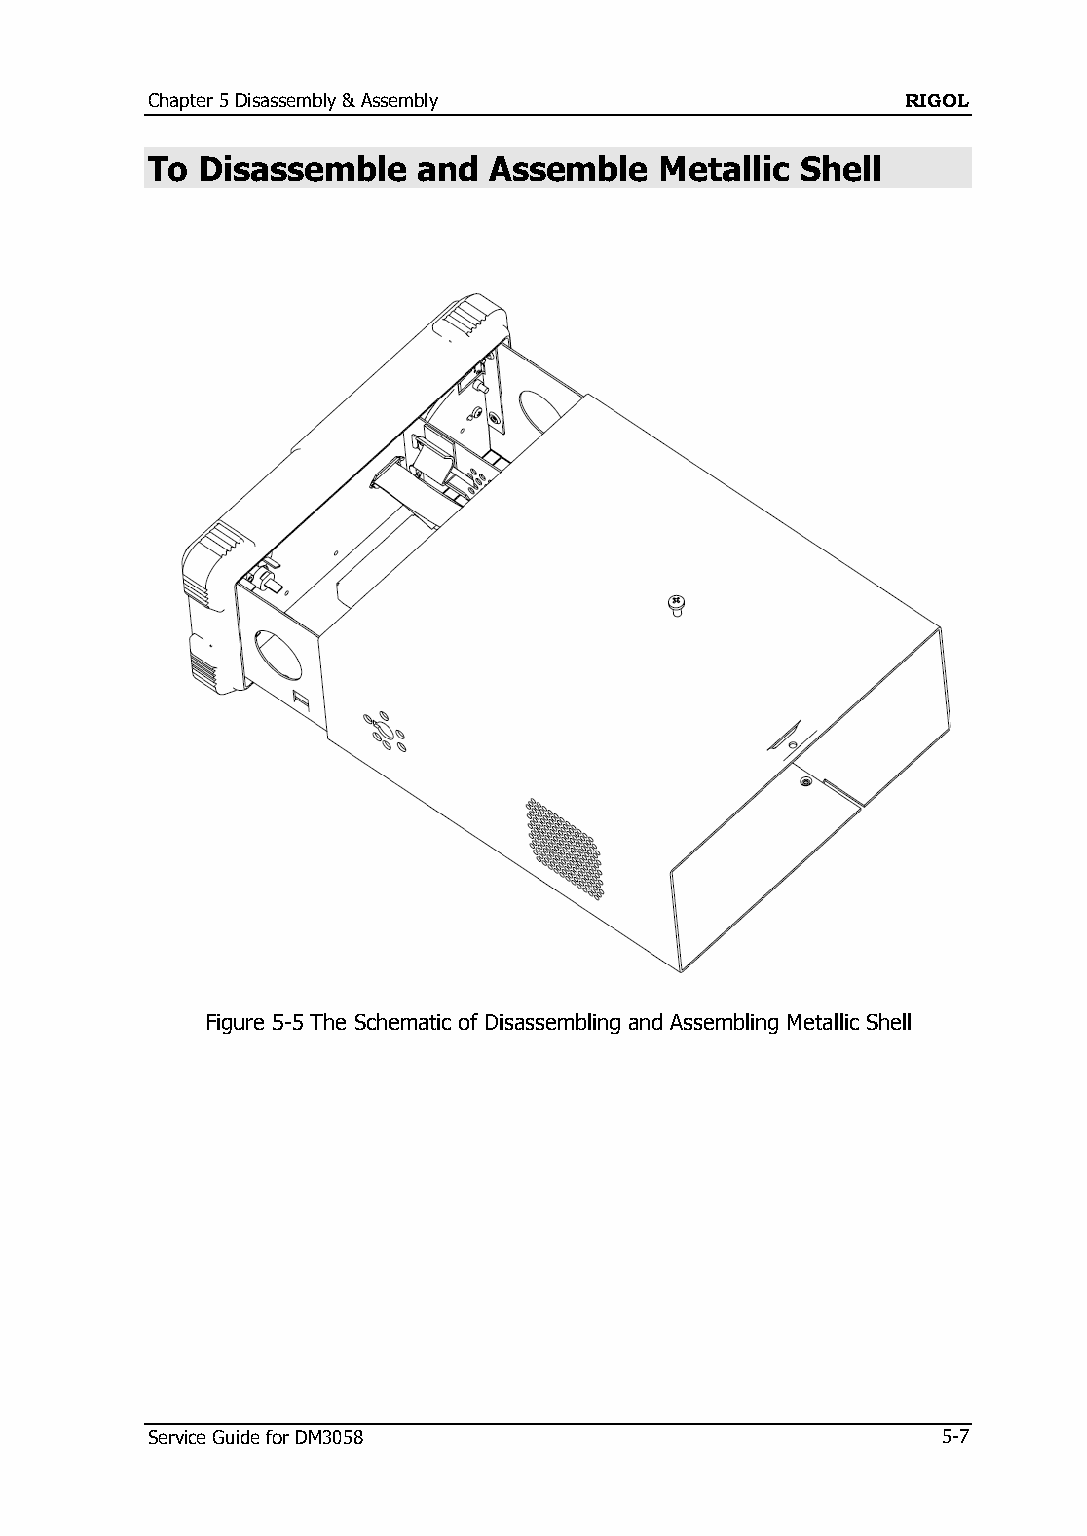
Chapter 5 Disassembly & Assembly                  RIGOL
 To Disassemble    and Assemble    Metallic Shell
 Figure 5-5 The Schematic of Disassembling and Assembling Metallic Shell
 Service Guide for DM3058                            5-7